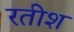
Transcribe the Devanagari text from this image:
रतीश